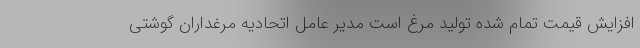
افزایش قیمت تمام شده تولید مرغ است مدیر عامل اتحادیه مرغداران گوشتی